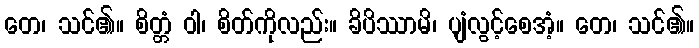
တေ၊ သင်၏။ စိတ္တံ ဝါ၊ စိတ်ကိုလည်း။ ခိပိဿာမိ၊ ပျံလွင့်စေအံ့။ တေ၊ သင်၏။